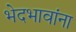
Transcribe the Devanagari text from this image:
भेदभावांना